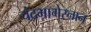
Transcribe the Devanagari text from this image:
चंद्रभागेस्नान